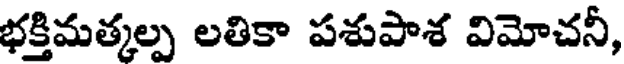
భక్తిమత్కల్ప లతికా పశుపాశ విమోచనీ,